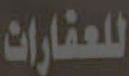
للعقارات